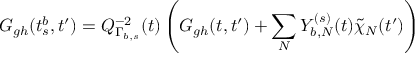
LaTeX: G _ { g h } ( t _ { s } ^ { b } , t ^ { \prime } ) = Q _ { \Gamma _ { b , s } } ^ { - 2 } ( t ) \left( G _ { g h } ( t , t ^ { \prime } ) + \sum _ { N } Y _ { b , N } ^ { ( s ) } ( t ) \tilde { \chi } _ { N } ( t ^ { \prime } ) \right)